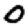
Digit: 0